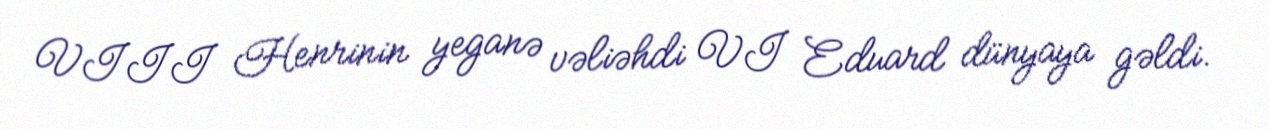
VIII Henrinin yeganə vəliəhdi VI Eduard dünyaya gəldi.